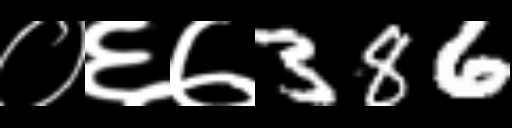
Text: ०६७386